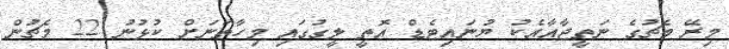
މިރޭ މެޗުގެ ނަތީޖާއާއެކު ޔުނައިޓެޑް އޮތީ ލީގުގައި މިހާތަނަށް ކުޅުނު 22 މެޗުން